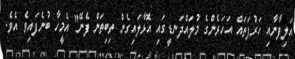
އަލިފާނާއި ހަރުފަތައް އަހަރެންގެ މުލައްދަނޑީގައި އޮޅާލައިގެން ތިބިތަން ފެނޭ" އެމީހާ ބުނެފައިވެ އެވެ.